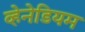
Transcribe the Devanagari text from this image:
व्हेनेडियम